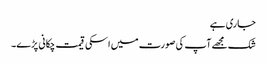
جاری ہے
شک مجھے آپ کی صورت میں اسکی قیمت چکانی پڑے۔